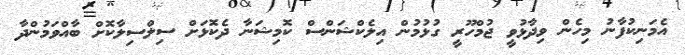
އެމަނިކުފާނު މިހެން ވިދާޅުވީ ޖުމްހޫރީ ގުޅުމުން އިލެކްޝަންސް ކޮމިޝަނާ ދެކޮޅަށް ސިލްސިލާކޮށް ބާއްވަމުންދާ